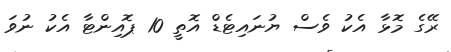
ރޭގެ މޮޅާ އެކު ވެސް ޔުނައިޓެޑް އޮތީ 10 ޕޮއިންޓާ އެކު ނުވަ